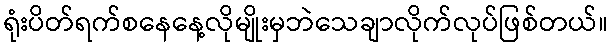
ရုံးပိတ်ရက်စနေနေ့လိုမျိုးမှဘဲသေချာလိုက်လုပ်ဖြစ်တယ်။